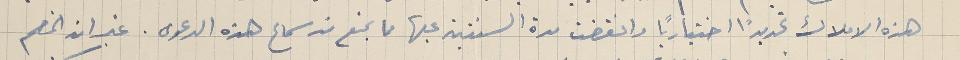
هذه الاملاك تحديدًا اختيارياً وانقضت مدة السنتين عليها ما يمنع من سماع هذه الدعوى. غير ان الخصم